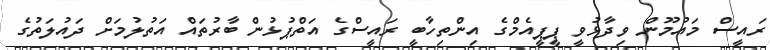
ރައީސް މައުމޫން ވިދާޅުވީ ޕީޕީއެމްގެ އިންތިހާބީ ރައީސްގެ އަތްޕުޅުން ބާރުތައް އަތުލުމަށް ދައުލަތުގެ